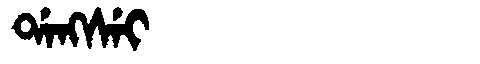
Manchu: ᡩᠠᠩᠰᡝᡳ
Romanization: DANGSEI